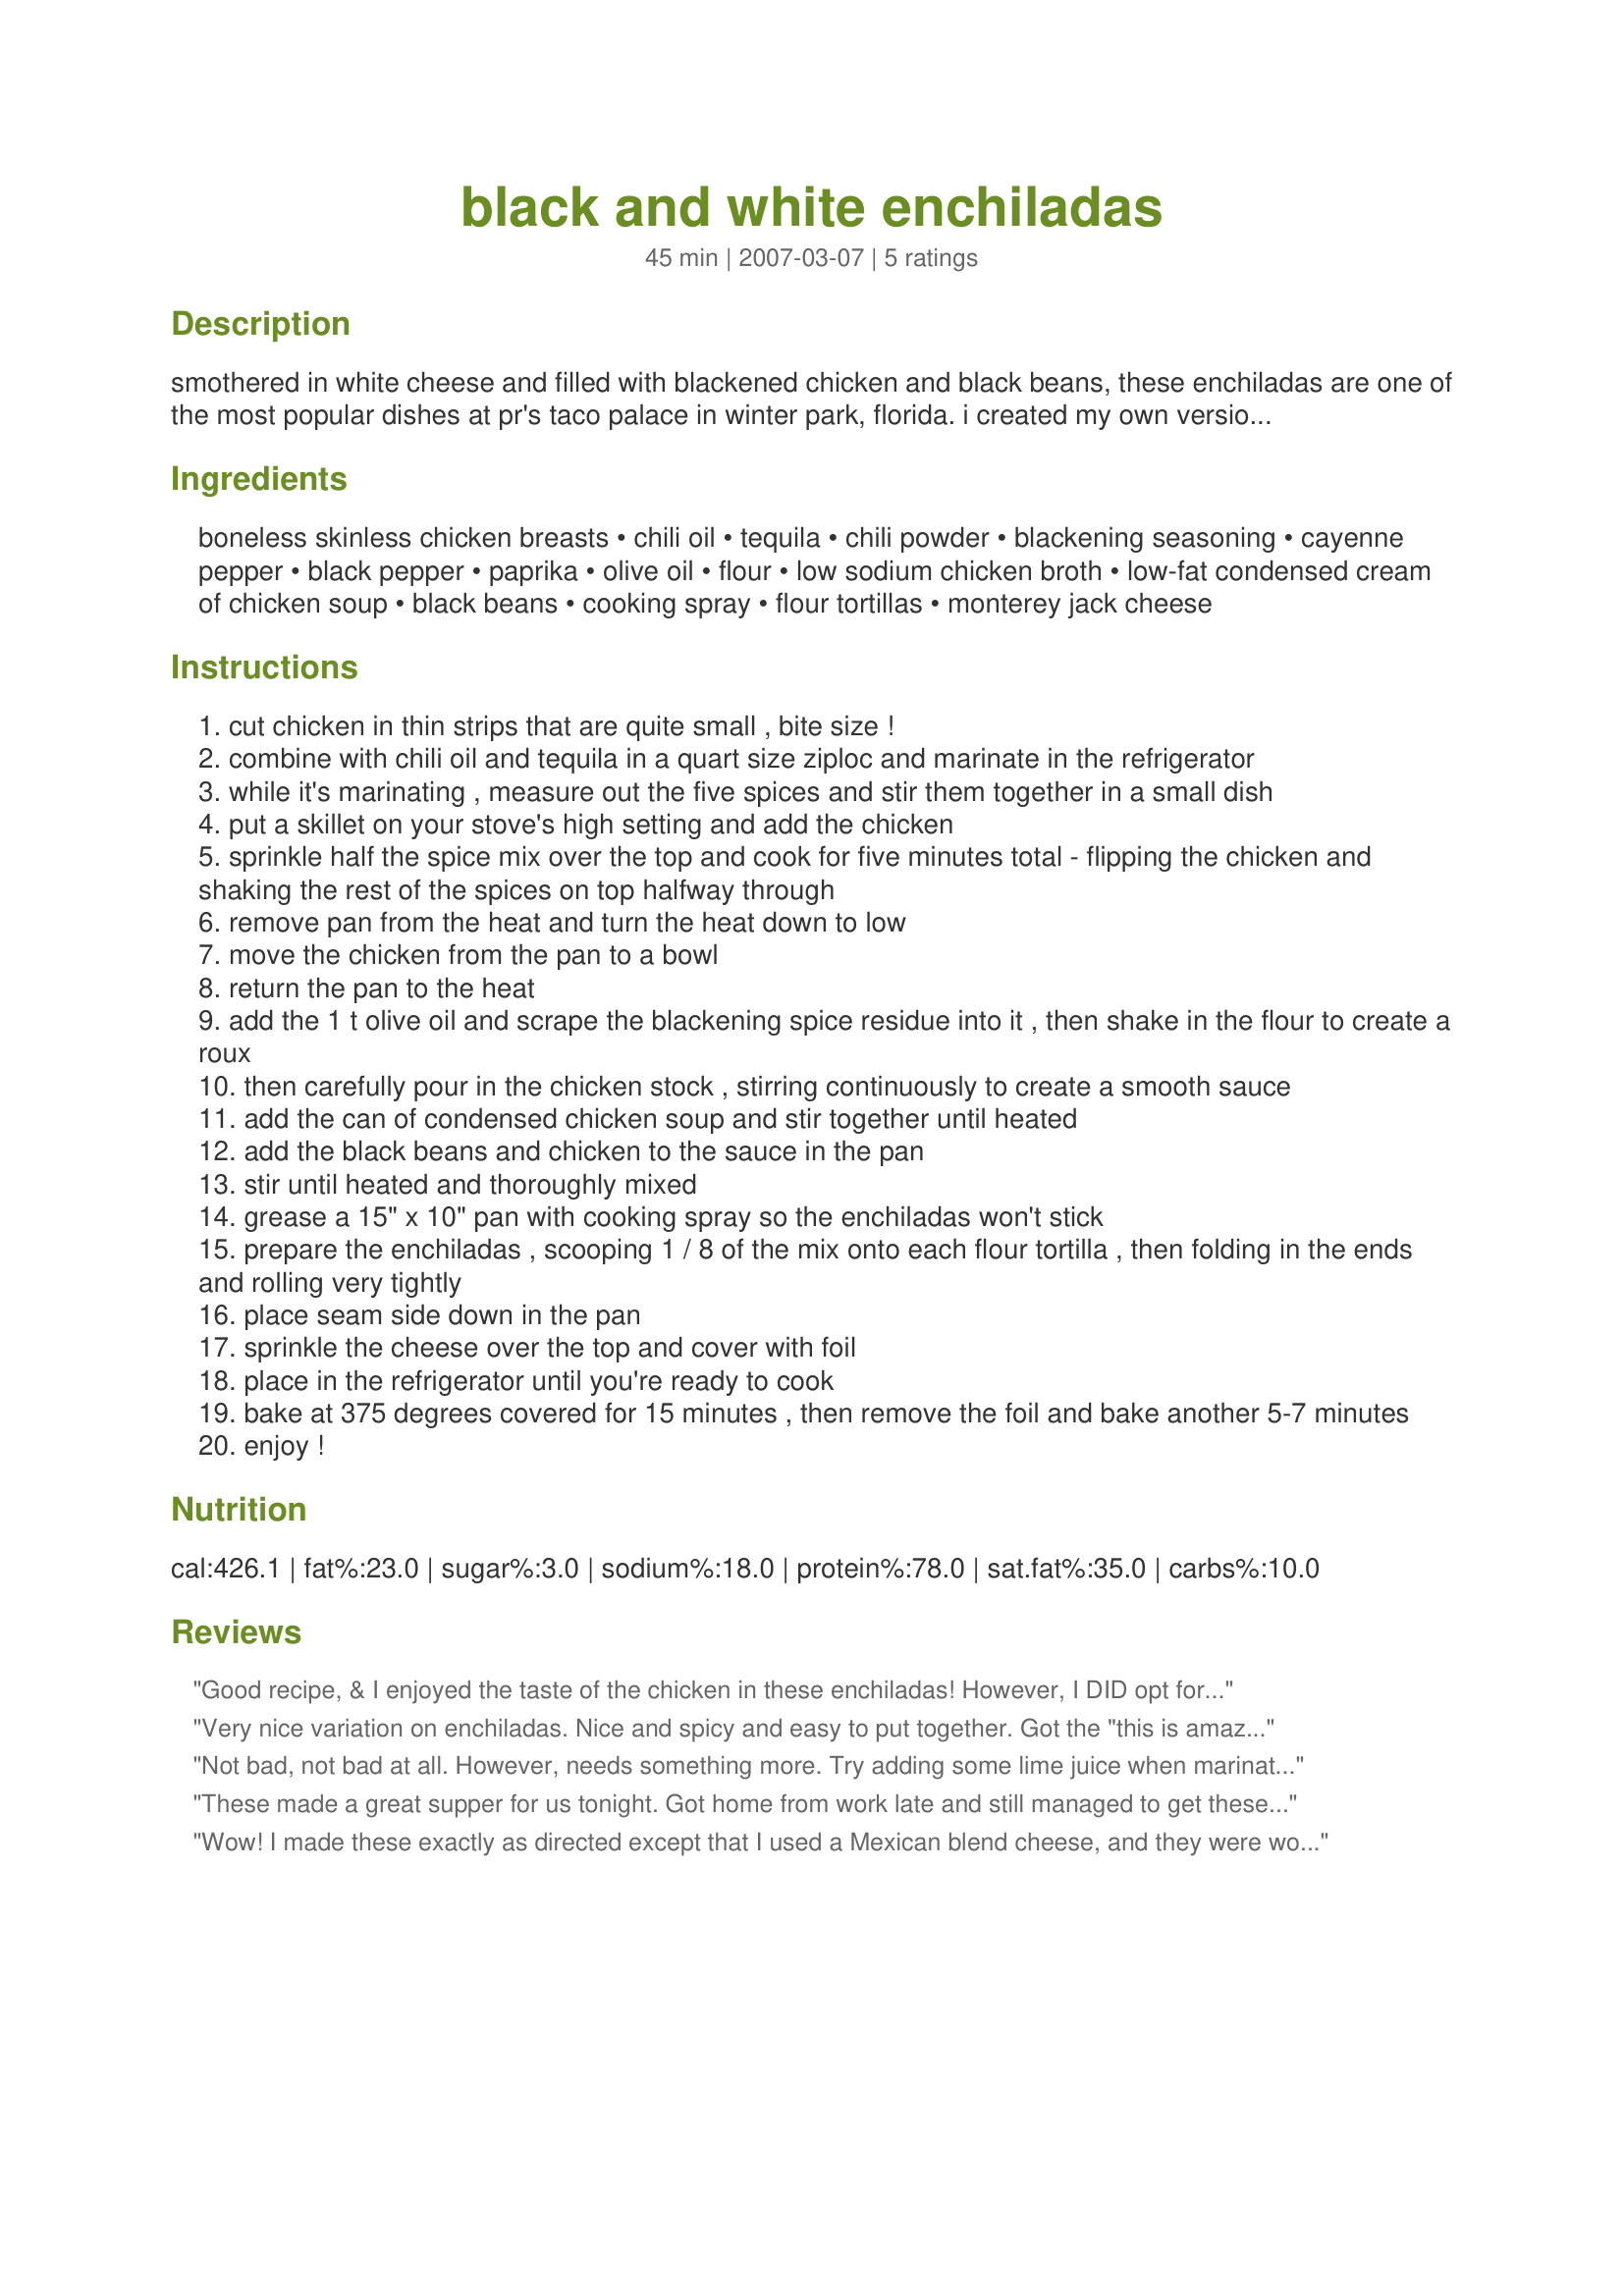
black and white enchiladas
Preparation time: 45 minutes

smothered in white cheese and filled with blackened chicken and black beans, these enchiladas are one of the most popular dishes at pr's taco palace in winter park, florida. i created my own version and i like it even better than theirs! at the restaurant it's served with refried beans and rice, but i think a fresh salad is a better complement. enjoy!

Ingredients:
boneless skinless chicken breasts, chili oil, tequila, chili powder, blackening seasoning, cayenne pepper, black pepper, paprika, olive oil, flour, low sodium chicken broth, low-fat condensed cream of chicken soup, black beans, cooking spray, flour tortillas, monterey jack cheese

Steps:
cut chicken in thin strips that are quite small , bite size !
combine with chili oil and tequila in a quart size ziploc and marinate in the refrigerator
while it's marinating , measure out the five spices and stir them together in a small dish
put a skillet on your stove's high setting and add the chicken
sprinkle half the spice mix over the top and cook for five minutes total - flipping the chicken and shaking the rest of the spices on top halfway through
remove pan from the heat and turn the heat down to low
move the chicken from the pan to a bowl
return the pan to the heat
add the 1 t olive oil and scrape the blackening spice residue into it , then shake in the flour to create a roux
then carefully pour in the chicken stock , stirring continuously to create a smooth sauce
add the can of condensed chicken soup and stir together until heated
add the black beans and chicken to the sauce in the pan
stir until heated and thoroughly mixed
grease a 15" x 10" pan with cooking spray so the enchiladas won't stick
prepare the enchiladas , scooping 1 / 8 of the mix onto each flour tortilla , then folding in the ends and rolling very tightly
place seam side down in the pan
sprinkle the cheese over the top and cover with foil
place in the refrigerator until you're ready to cook
bake at 375 degrees covered for 15 minutes , then remove the foil and bake another 5-7 minutes
enjoy !

Reviews:
Good recipe, & I enjoyed the taste of the chicken in these enchiladas! However, I DID opt for a less spicy version, using a smaller amount of both chili powder & cayenne pepper as well as no tequilla ~ also used olive oil instead of chili oil! Would definitely make them again, perhaps a little braver at heart with the spices! [Tagged, made & reviewed for Please Review My Recipe cooking game]
Very nice variation on enchiladas. Nice and spicy and easy to put together. Got the "this is amazing" vote from the DH and "these are my favorite enchiladas" from DS. Thanks for sharing!
Not bad, not bad at all. However, needs something more. Try adding some lime juice when marinating the chicken - half a lime. Second, marinate a bit longer. Third, before you cook anything, caramelize some onions. Set aside. Add back in when you add the chicken in. And add a shot of tequila, the other half of the lime (juice), and the black beans at this stage. Saute for about 5 min to incorporate everything. Lastly, since the sauce does not make a thick sauce, and enchilada's should never be filled with more sauce then substance, drain the chicken and black beans with a slotted spool - set aside. Place the remaining sauce in another bowl. Assemble the enchilada's as directed. Spoon some of the sauce on top, then the cheese. And lastly.. add some cilantro... a whole bunch, chopped, on top of the cheese. Bake covered with foil on 325 for 20 min. Thats it. A much better, detailed recipe. I also adjusted the so called blackened seasoning. Cayenne pepper is not needed. Just use some creole seasoning, chili powder, black pepper, garlic powder and paprika. Zatarins makes a really good hot, but not too spicy, Creole seasoning. And lastly, cook to taste. The way I made this, it has a slight kick - a heat "taste" when you eat it, not not hot.. if that makes any sense.
These made a great supper for us tonight. Got home from work late and still managed to get these put together in a very reasonable amount of time. Loved the flavor of the chicken.
Wow! I made these exactly as directed except that I used a Mexican blend cheese, and they were wonderful. A word of warning tho - leftovers do seem to get a little spicier. Thanks Jen for a new keeper.
